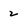
Character: 2